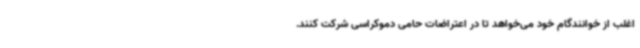
اغلب از خوانندگام خود می‌خواهد تا در اعتراضات حامی دموکراسی شرکت کنند.